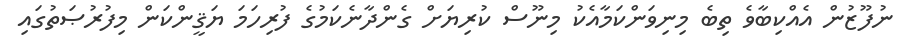
ނުފޫޒުން އެއްކިބާވެ ތިބެ މިނިވަންކަމާއެކު މިނޫސް ކުރިޔަށް ގެންދާނެކަމުގެ ފުރިހަމަ ޔަޤީންކަން މިފުރުޞަތުގައި